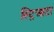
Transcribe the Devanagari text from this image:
स्ट्रिआटा